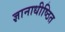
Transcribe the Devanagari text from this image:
ज्ञानाधीष्ठित